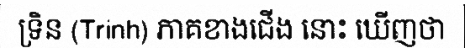
ទ្រិន (Trinh) ភាគខាងជើង នោះ ឃើញថា